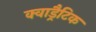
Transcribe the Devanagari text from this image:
क्वाड्रैटिक